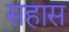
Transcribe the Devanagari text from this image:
सहास